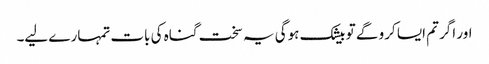
اور اگر تم ایسا کرو گے تو بیشک ہوگی یہ سخت گناہ کی بات تمہارے لیے۔